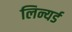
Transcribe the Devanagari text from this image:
लिन्यर्ड